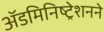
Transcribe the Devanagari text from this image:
ॲडमिनिष्ट्रेशनने